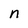
Character: n